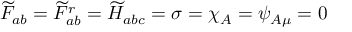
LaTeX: \widetilde { F } _ { a b } = \widetilde { F } _ { a b } ^ { r } = \widetilde { H } _ { a b c } = \sigma = \chi _ { A } = \psi _ { A \mu } = 0